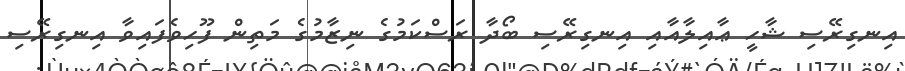
އިނގިރޭސި ޝާހީ ޢާއިލާއާއި އިނގިރޭސި ބޯދާ ރަސްކަމުގެ ނިޒާމުގެ މަތިން ފޫހިވެފައިވާ އިނގިރޭސި